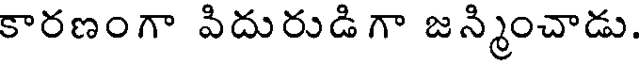
కారణంగా పిదురుడిగా జన్మించాడు.